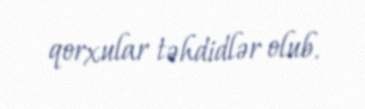
qorxular təhdidlər olub.